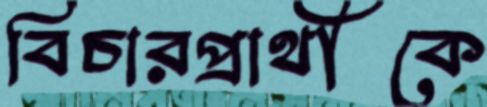
বিচারপ্রার্থীকে